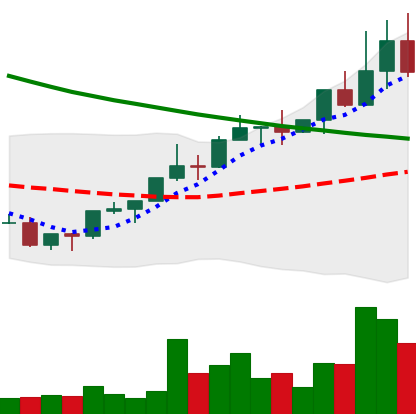
Ticker: NEO-USD
Chart end date: 2022-03-31
Forward return: -4.153%
Label: down_3_5